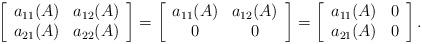
LaTeX: \begin{align*}\left[\begin{array}{cc}a_{11}(A) & a_{12}(A) \\a_{21}(A) & a_{22}(A)\\\end{array}\right]=\left[\begin{array}{cc}a_{11}(A) & a_{12}(A) \\0 & 0\\\end{array}\right]=\left[\begin{array}{cc}a_{11}(A) &0 \\a_{21}(A) & 0\\\end{array}\right].\end{align*}